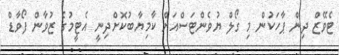
ޓެވޭޒް ދިން ޕާހަކުން މި ގޯލް ޔުވެންޓަސްއަށް ކާމިޔާބުކޮށްދިނީ އެޓީމުގެ ޒުވާން ފޯވާޑް